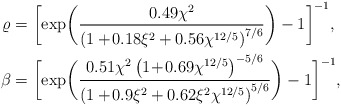
\begin{align*}\varrho&=\bigg[\mathrm{exp}\bigg( \frac{0.49\chi^2}{\left(1+\!0.18\xi^2+0.56\chi^{12/5}\right)^{7/6}}\bigg)-1\bigg]^{-1},\\\beta&=\bigg[\mathrm{exp}\bigg( \frac{0.51\chi^2\left(1\!+\!0.69\chi^{12/5}\right)^{-5/6}}{\left(1+\!0.9\xi^2+0.62\xi^2\chi^{12/5}\right)^{5/6}}\bigg)-1\bigg]^{-1},\end{align*}